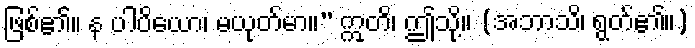
ဖြစ်၏။ န ပါပိယော၊ မယုတ်မာ။” ဣတိ၊ ဤသို့။ (အဘာသိ၊ ရွတ်၏။)